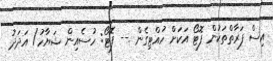
އިސް ފަރާތްތަކުން ފޮޓޯ އަކަށް ހުއްޓިގެން .-- ފޮޓޯ: ހުސެއިން ޝަޔާހު/ އަދަދު